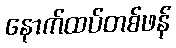
နောက်ထပ်တစ်ဖန်